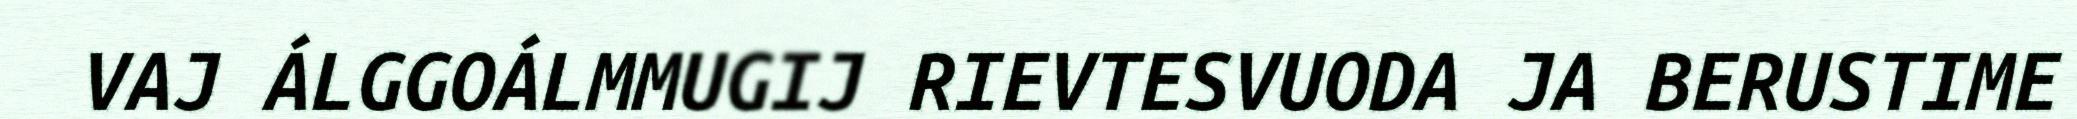
VAJ ÁLGGOÁLMMUGIJ RIEVTESVUODA JA BERUSTIME